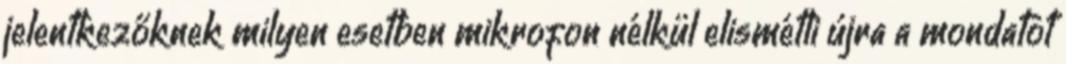
jelentkezőknek milyen esetben mikrofon nélkül elismétli újra a mondatot